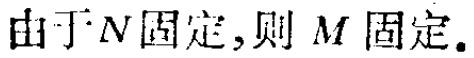
由于 \(N\) 固定，则 \(M\) 固定。